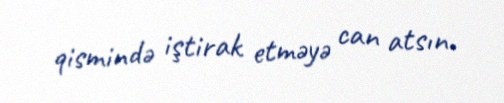
qismində iştirak etməyə can atsın.